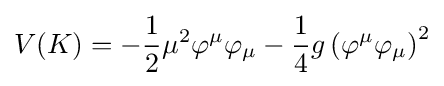
V(K)=-{\frac {1}{2}}\mu ^{2}\varphi ^{\mu }\varphi _{\mu }-{\frac {1}{4}}g\left(\varphi ^{\mu }\varphi _{\mu }\right)^{2}